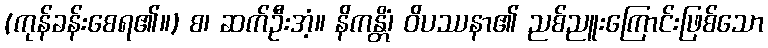
(ကုန်ခန်းစေရ၏။) စ၊ ဆက်ဦးအံ့။ နိကန္တိံ၊ ဝိပဿနာ၏ ညစ်ညူးကြောင်းဖြစ်သော